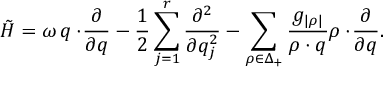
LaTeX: \tilde { \cal H } = \omega \, q \cdot \! { \frac { \partial } { \partial q } } - { \frac { 1 } { 2 } } \sum _ { j = 1 } ^ { r } { \frac { \partial ^ { 2 } } { \partial q _ { j } ^ { 2 } } } - \sum _ { \rho \in \Delta _ { + } } { \frac { g _ { | \rho | } } { \rho \cdot q } } \rho \cdot \! { \frac { \partial } { \partial q } } .